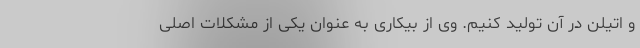
و اتیلن در آن تولید کنیم. وی از بیکاری به عنوان یکی از مشکلات اصلی